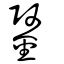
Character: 鋻